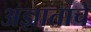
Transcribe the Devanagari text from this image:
अज्ञाताचे